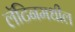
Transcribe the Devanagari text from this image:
लॅटिनमधील